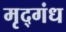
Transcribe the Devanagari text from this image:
मृद्‌गंध